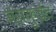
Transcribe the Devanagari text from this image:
मेसकुईट